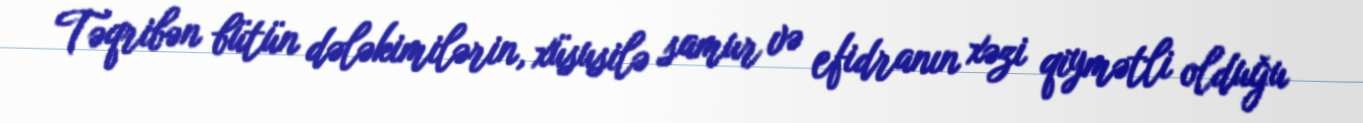
Təqribən bütün dələkimilərin, xüsusilə samur və efidranın xəzi qiymətli olduğu